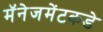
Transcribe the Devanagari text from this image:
मॅनेजमेंटकडे